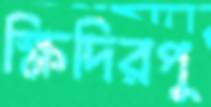
ক্ষিদিরপু